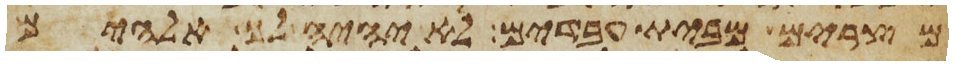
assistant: מצרים מבית עבדים לא יהיה לך אלהים